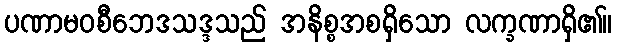
ပဏာမဝစီဘေဒသဒ္ဒသည် အနိစ္စအစရှိသော လက္ခဏာရှိ၏။